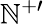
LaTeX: \mathbb{N}^{+\prime}